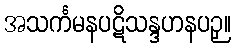
အသင်္ကမနပဋိသန္ဒဟနပဉှ။